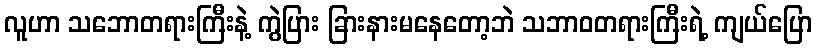
လူဟာ သဘောတရားကြီးနဲ့ ကွဲပြား ခြားနားမနေတော့ဘဲ သဘာဝတရားကြီးရဲ့ ကျယ်ပြော